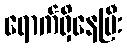
ရောက်ရှိနေပြီး